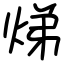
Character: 焍